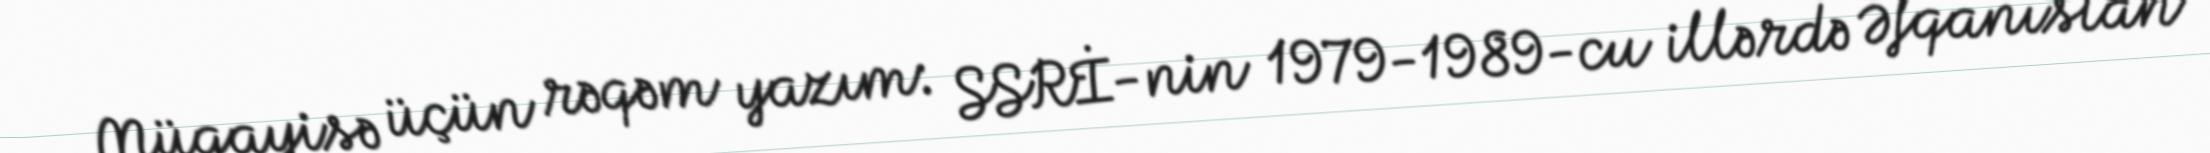
Müqayisə üçün rəqəm yazım: SSRİ-nin 1979-1989-cu illərdə Əfqanıstan